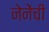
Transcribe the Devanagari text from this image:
नेनेंची